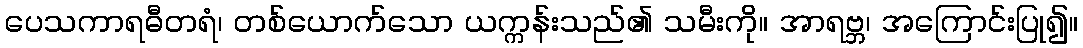
ပေသကာရဓီတရံ၊ တစ်ယောက်သော ယက္ကန်းသည်၏ သမီးကို။ အာရဗ္ဘ၊ အကြောင်းပြု၍။